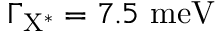
\Gamma _ { \mathrm { { X ^ { * } } } } = 7 . 5 ~ \mathrm { { m e V } }